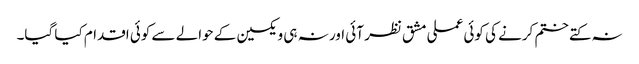
نہ کتے ختم کرنے کی کوئی عملی مشق نظر آئی اور نہ ہی ویکسین کے حوالے سے کوئی اقدام کیا گیا۔